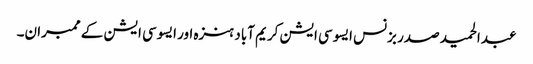
عبدالحمید صدر بزنس ایسوسی ایشن کریم آباد ہنزہ اور ایسوسی ایشن کے ممبران۔